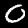
Label: 0